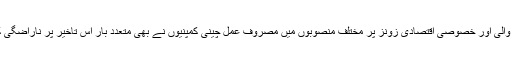
بندرگاہ پر کام کرنے والی اور خصوصی اقتصادی زونز پر مختلف منصوبوں میں مصروف عمل چینی کمپنیوں نے بھی متعدد بار اس تاخیر پر ناراضگی کا اظہار کرچکی ہے۔